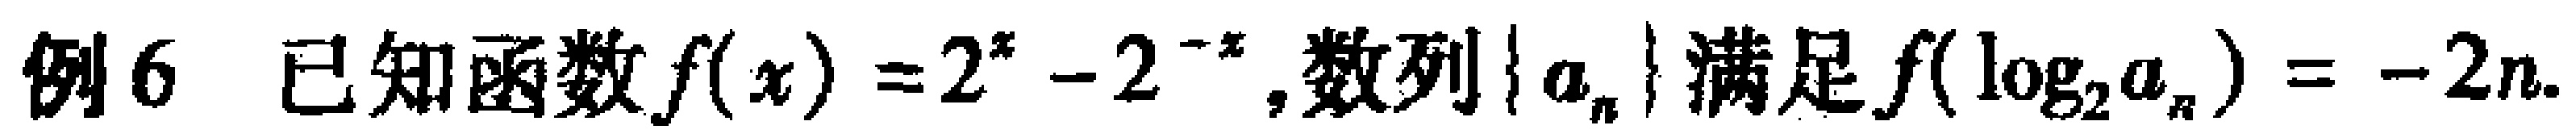
例6 已知函数\(f(x)=2^{x}-2^{-x}\),数列\(\{ a_{n}\}\)满足\(f(\log_{2}a_{n})=-2n\).